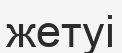
жетуі